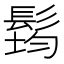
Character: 𲌜